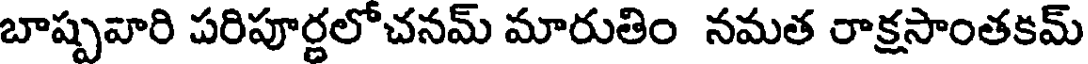
బాష్పవారి పరిపూర్ణలోచనమ్ మారుతిం నమత రాక్షసాంతకమ్